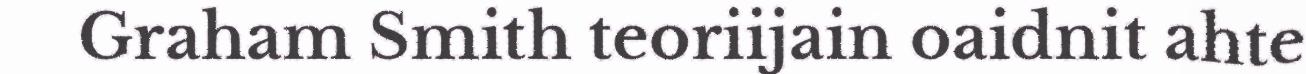
Graham Smith teoriijain oaidnit ahte